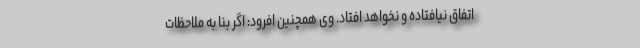
اتفاق نیافتاده و نخواهد افتاد. وی همچنین افرود: اگر بنا به ملاحظات